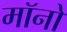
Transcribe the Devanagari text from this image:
मॉनो